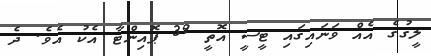
ލީގުގެ އެއް ވަނައިގައި ޓީސީ އޮތީ 39 ޕޮއިންޓާ އެކު އެވެ. ދެ